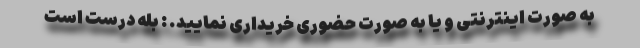
به صورت اینترنتی و یا به صورت حضوری خریداری نمایید. : بله درست است